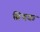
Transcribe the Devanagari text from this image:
म्रिथक